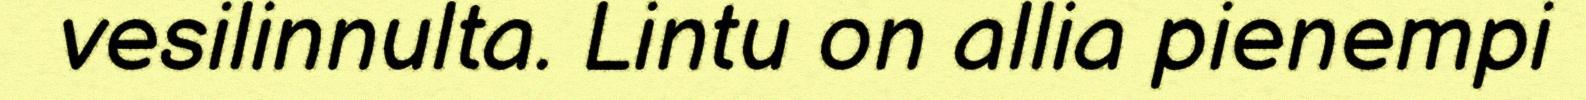
vesilinnulta. Lintu on allia pienempi